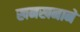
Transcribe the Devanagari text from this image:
खनखनाने